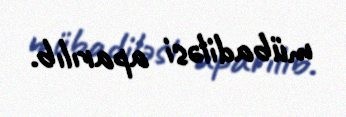
mübadiləsi aparılıb.